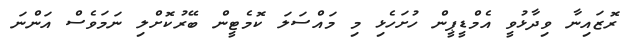
ރޮޒައިނާ ވިދާޅުވީ އެމްޑީޕީން ހުށަހެޅި މި މައްސަލަ ކޮމެޓީން ބޭރުކޮށްލި ނަމަވެސް އަންނަ